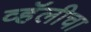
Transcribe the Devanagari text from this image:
व्हॅलीचा